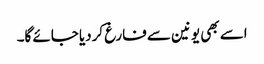
اسے بھی یونین سے فارغ کردیا جائے گا۔